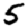
Digit: 5